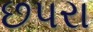
છપરા